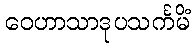
ဝေဟာသာဒုပသင်္ကမိံ